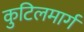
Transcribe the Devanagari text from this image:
कुटिलमार्ग